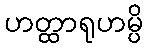
ဟတ္ထာရုဟမ္ပိ